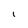
Character: l